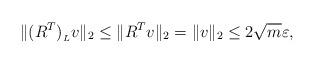
LaTeX: \begin{align*}\|(R^T)_{{}_L} v\|_2\leq \| R^T v\|_2 = \|v\|_2 \leq 2\sqrt{m} \varepsilon,\end{align*}